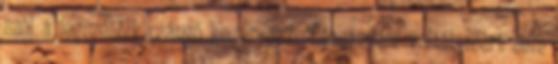
szól a legszebbik csángó keserves?: "Édesanyám voltál, mért nem